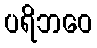
ပရိဘဝေ